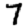
Digit: 7